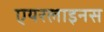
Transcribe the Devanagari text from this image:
एयरलाइनस